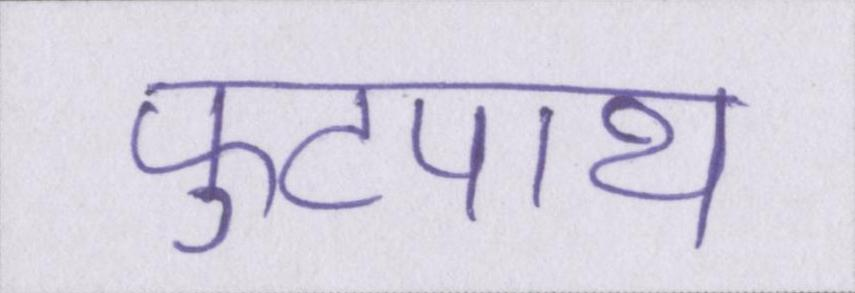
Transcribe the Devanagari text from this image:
फुटपाथ